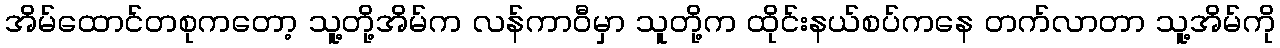
အိမ်ထောင်တစုကတော့ သူ့တို့အိမ်က လန်ကာဝီမှာ သူတို့က ထိုင်းနယ်စပ်ကနေ တက်လာတာ သူ့အိမ်ကို